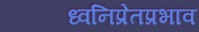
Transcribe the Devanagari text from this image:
ध्वनिप्रेतप्रभाव